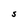
Character: S